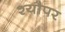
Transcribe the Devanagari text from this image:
श्यौपर